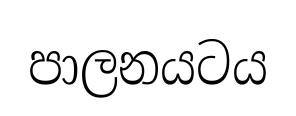
පාලනයටය